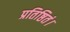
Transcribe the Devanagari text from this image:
प्रतिष्ठितं।